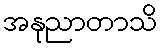
အနုညာတာသိ